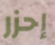
إحزر